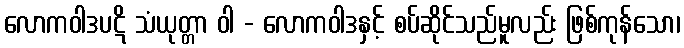
လောကဝါဒပဋိ သံယုတ္တာ ဝါ - လောကဝါဒနှင့် စပ်ဆိုင်သည်မူလည်း ဖြစ်ကုန်သော၊